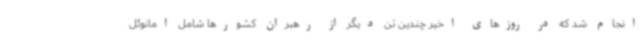
انجام شد که در روزهای اخیر چندین تن دیگر از رهبران کشورها شامل امانوئل